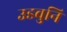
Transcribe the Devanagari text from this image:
उडवुनि